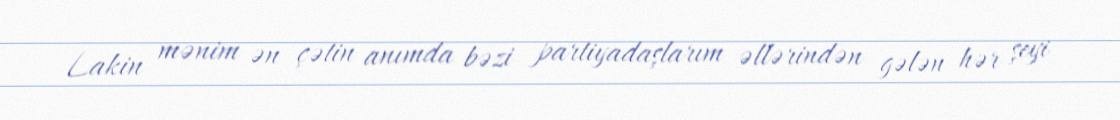
Lakin mənim ən çətin anımda bəzi partiyadaşlarım əllərindən gələn hər şeyi